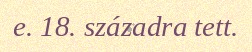
e. 18. századra tett.